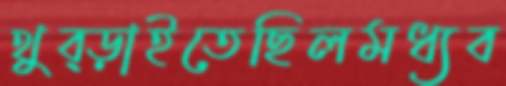
থুব্‌ড়াইতেছিলমধ্যব